Leaving Certificate Examination, 1909
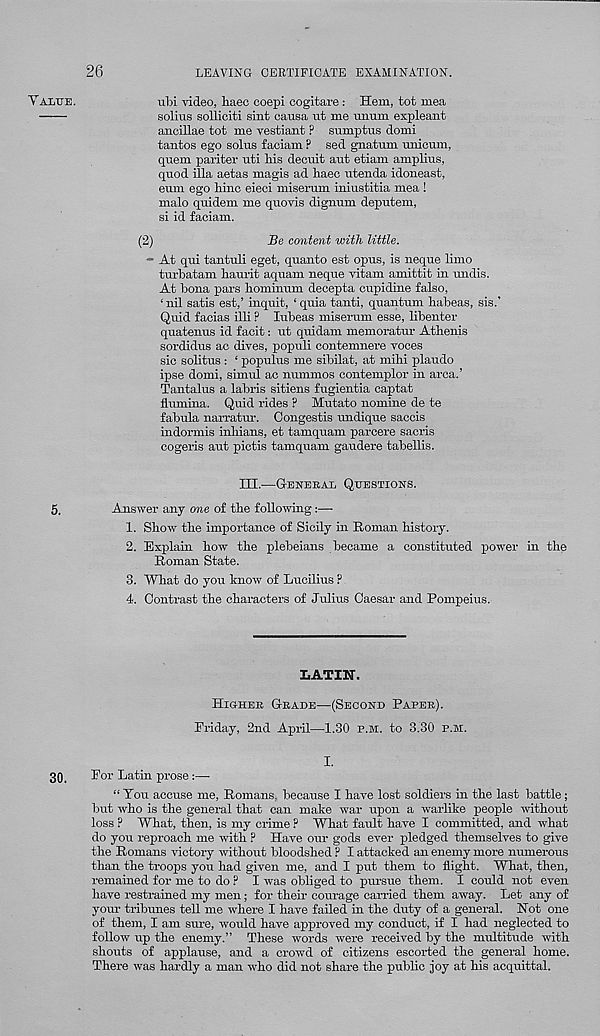
26
LEAVING CERTIFICATE EXAMINATION.
YALUE.
ubi video, haeo coepi cogitare : Hem, tot mea
solius solliciti sint causa ut me unum expleant
ancillae tot me vestiant ? sumptus domi
tantos ego solus faciam ? sed gnatum uuicrnn,
quern paritez' uti bis decuit azzt etiam amplizzs,
quod ilia aetas magis ad baec zzteiida idoneast,
eum ego bine eieci miserum iniustitia mea !
malo quidem me quovis dignum deputem,
si id faciam.
(2)
Be content with little.
- At qzii tantuli eget, quanto est opus, is neque limo
turbatam bauz-it aquam neque vitanz amittit in zzndis.
At bona xzars bominum decepta cupidine false,
‘ nil satis est,’ inquit, 1 quia tanti, quantum habeas, sis.’
Quid facias illi ? lubeas miserum esse, libentez-
quatemis id facit: ut qzzidam |nemoratur Atbenis
soz-didzzs ac dives, populi contemnei'e voces
sic solitus : ‘ populus me sibilat, at mihi plaudo
ipse domi, simul ac nummos contemploi' in ai'ca.’
Tantalus a labi'is sitiens fugientia captat
flizmina. Quid z-ides ? Mutato nomine de te
fabula narratur. Congestis zmdique saccis
indormis inbians, et tamquam paz-cei'e saci'is
cogei’is aut pictis tamquam gazzdei'e tabellis.
IH.—GENEBAL QUESTIONS.
5.
Answez - any me of tbe following:—
1. Sbow tbe importance of Sicily in Roman bistoz-y.
2. Explain bow tbe plebeians became a constituted power in the
Roman State.
3. What do you know of Lucilius ?
4. Oonti’ast tbe characters of Julius Caesar and Pompeius.
LATIKT.
HIGHEK GRADE—(SECOND PAPEE).
Friday, 2nd April—1.30 P.M. to 3.30 P.BI.
I.
30,
For Latin pi’ose:—
“ You accuse me, Romans, because I have lost soldiers in tbe last battle;
but who is the general that can make war upon a warlike people without
loss ? What, then, is my ci-ime ? What fault have I committed, and what
do you z'eproacb me with P Have om- gods ever pledged themselves to give
the Romans victozy without bloodshed ? I attacked an enemy moi'e numei'ous
than the troops you had given me, and I put them to flight. What, then,
z-emained for me to do ? I was obliged to pursue them. I could not even
have restrained my men; for their courage cairied them away. Let any of
your tribunes tell me where I have failed in the duty of a general. Not one
of them, I am suz - e, would have apimoved my conduct, if I had neglected to
follow up the enemy.” These words wei’e i-eceived by the multitude with
shouts of applause, and a crowd of citizens escorted the general home.
There was hardly a man who did not share the public joy at his acquittal.